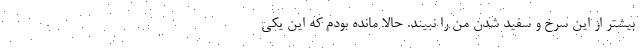
بیشتر از این سرخ و سفید شدن من را نبیند. حالا مانده بودم که این یکی